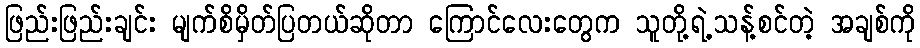
ဖြည်းဖြည်းချင်း မျက်စိမှိတ်ပြတယ်ဆိုတာ ကြောင်လေးတွေက သူတို့ရဲ့သန့်စင်တဲ့ အချစ်ကို